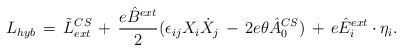
\begin{align*}L_{hyb}\,=\,\tilde L\sp{CS}_{ext}\,+\,\frac{e\hat B\sp{ext}}{2}(\epsilon_{ij}X_i\dot X_j \, -\, 2e\theta \hat A_0\sp{CS})\, +\, e\hat E_i\sp{ext}\cdot \eta_i.\end{align*}